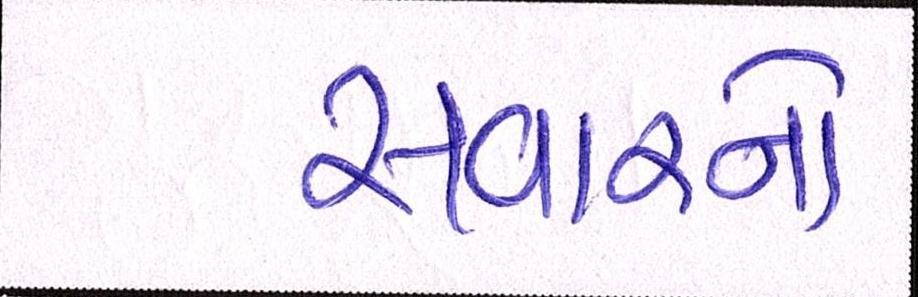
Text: સવારનો